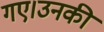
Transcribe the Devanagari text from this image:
गए।उनकी